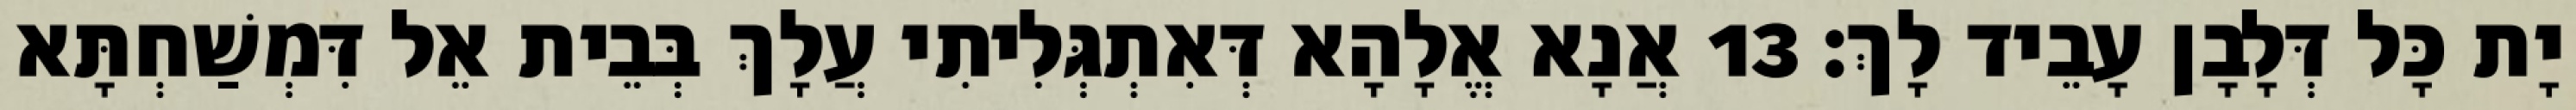
יָת כָּל דְּלָבָן עָבֵיד לָךְ׃ 13 אֲנָא אֱלָהָא דְּאִתְגְּלִיתִי עֲלָךְ בְּבֵית אֵל דִּמְשַׁחְתָּא